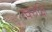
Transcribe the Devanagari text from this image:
रक्तक्षि